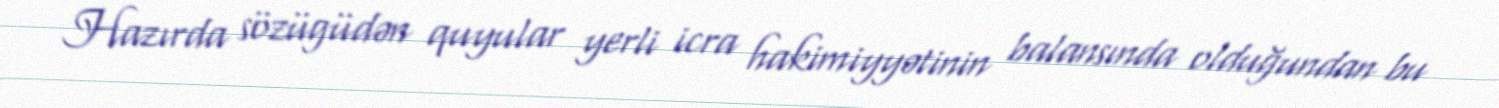
Hazırda sözügüdən quyular yerli icra hakimiyyətinin balansında olduğundan bu